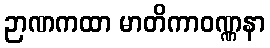
ဉာဏကထာ မာတိကာဝဏ္ဏနာ